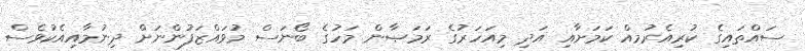
ސައްތައިގެ ކުރިއެރުމއް ކަމަށާއި އަދި މިއަހަރުގެ ރަމަޞާން މަހުގެ ބޯނަސް މުވައްޒަފުންނަށް ދިނުމާއިއެކުވެސް